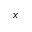
\v x